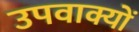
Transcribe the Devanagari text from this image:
उपवाक्यों